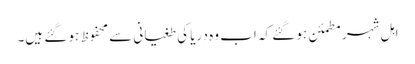
اہل شہر مطمئن ہو گئے کہ اب وہ دریا کی طغیانی سے محفوظ ہو گئے ہیں۔